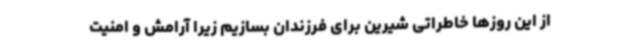
از این روزها خاطراتی شیرین برای فرزندان بسازیم زیرا آرامش و امنیت